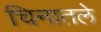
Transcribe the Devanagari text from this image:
चिनातले